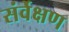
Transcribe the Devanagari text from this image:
संर्वेक्षण